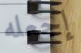
إجعله